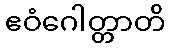
ဧဝံဂေါတ္တာတိ